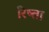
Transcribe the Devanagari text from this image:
रिष्ता